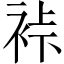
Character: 裃